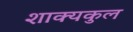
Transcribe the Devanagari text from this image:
शाक्यकुल